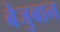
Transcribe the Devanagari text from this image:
बेजुबान